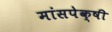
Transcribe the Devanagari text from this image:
मांसपेक्षी